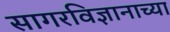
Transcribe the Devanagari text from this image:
सागरविज्ञानाच्या